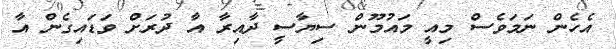
އެހެން ނަމަވެސް މިއީ މައުމޫން ސިޔާސީ ދާއިރާ އާ ދުރަށް ވަޑައިގެން އާ